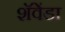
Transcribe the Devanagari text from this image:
शॅवेंडा